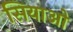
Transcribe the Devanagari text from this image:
सियाओ